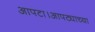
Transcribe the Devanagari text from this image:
आपटा।आपट्याच्या